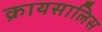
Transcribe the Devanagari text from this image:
क्रायसालिस